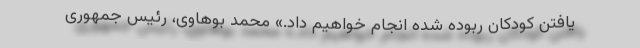
یافتن کودکان ربوده شده انجام خواهیم داد.» محمد بوهاوی، رئیس جمهوری